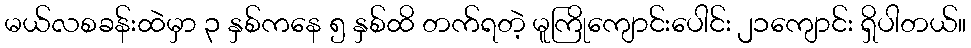
မယ်လစခန်းထဲမှာ ၃ နှစ်ကနေ ၅ နှစ်ထိ တက်ရတဲ့ မူကြိုကျောင်းပေါင်း ၂၁ကျောင်း ရှိပါတယ်။